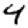
Digit: 4